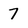
Character: 7